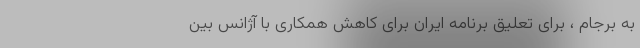
به برجام ، برای تعلیق برنامه ایران برای کاهش همکاری با آژانس بین‌